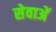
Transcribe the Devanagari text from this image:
सेवाअें